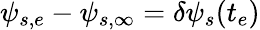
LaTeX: \psi_{s,e}-\psi_{s,\infty}=\delta\psi_{s}(t_{e})